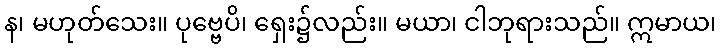
န၊ မဟုတ်သေး။ ပုဗ္ဗေပိ၊ ရှေး၌လည်း။ မယာ၊ ငါဘုရားသည်။ ဣမာယ၊